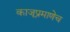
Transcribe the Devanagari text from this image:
काजूप्रमाणेच